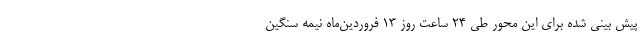
پیش بینی شده برای این محور طی ۲۴ ساعت روز ۱۳ فروردین‌ماه نیمه سنگین